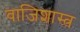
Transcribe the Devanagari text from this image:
वाजिशास्त्र